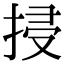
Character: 𢬶